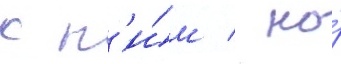
с н'и́м / но́